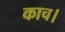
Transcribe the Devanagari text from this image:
काच।